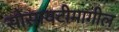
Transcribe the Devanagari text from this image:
सोसायटीमागील